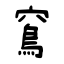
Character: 窵